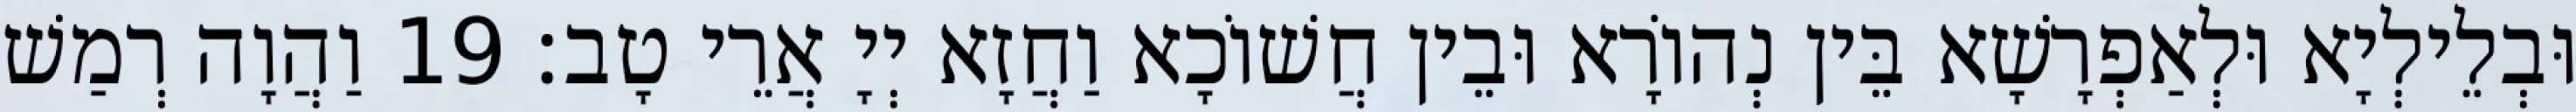
וּבְלֵילְיָא וּלְאַפְרָשָׁא בֵּין נְהוֹרָא וּבֵין חֲשׁוֹכָא וַחֲזָא יְיָ אֲרֵי טָב׃ 19 וַהֲוָה רְמַשׁ